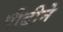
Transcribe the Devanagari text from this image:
पीढीने